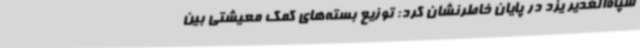
سپاه‌الغدیر یزد در پایان خاطرنشان کرد: توزیع بسته‌های کمک معیشتی بین